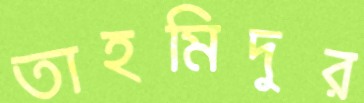
তাহমিদুর